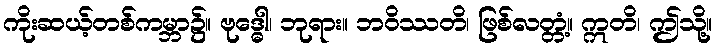
ကိုးဆယ့်တစ်ကမ္ဘာ၌။ ဗုဒ္ဓေါ၊ ဘုရား။ ဘဝိဿတိ၊ ဖြစ်လတ္တံ့။ ဣတိ၊ ဤသို့။